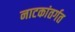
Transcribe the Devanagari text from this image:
नाटकांतर्गत